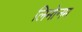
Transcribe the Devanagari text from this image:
लिमोनम